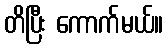
တိပြီး ကောက်မယ်။